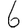
Digit: 6